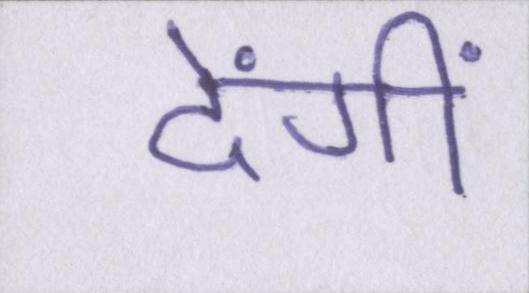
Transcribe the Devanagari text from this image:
देंगीं